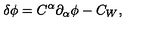
\delta \phi = C ^ { \alpha } { \partial } _ { \alpha } \phi - C _ { W } ,